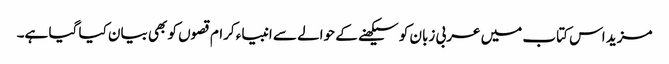
مزید اس کتاب میں عربی زبان کو سیکھنے کے حوالے سے انبیاء کرام قصوں کو بھی بیان کیا گیا ہے۔